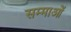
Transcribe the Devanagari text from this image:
सम्माओं